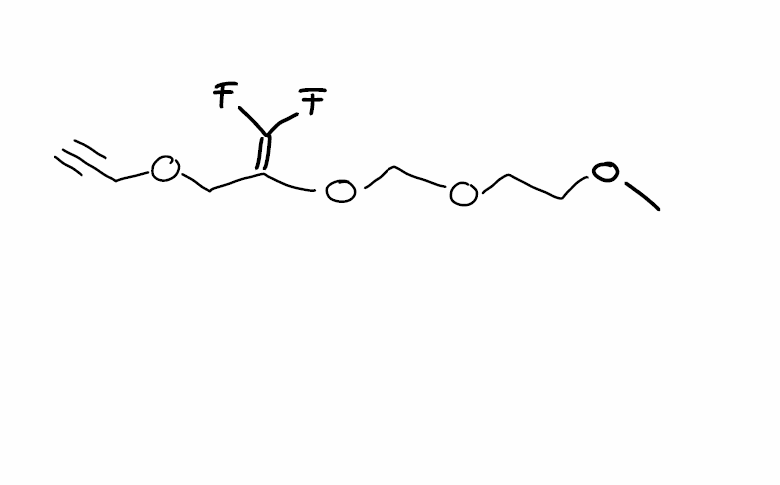
Simplified molecular-input line-entry system (SMILES) notation of the given molecule:
COCCOCOC(=C(F)F)COCC#C